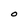
Character: O